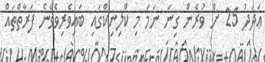
ޢަދަދު 25 ށް ވުރެން ގިނަ ނަމަ މި ކްލިނިކްގައި ބައިވެރިވެވޭނެ ފަރާތްތައް